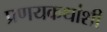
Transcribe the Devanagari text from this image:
प्रणयकथांशी